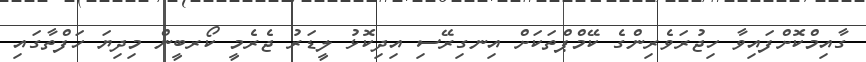
ގާއިމްކޮށްފައިވާ ހިޖުރަވެރިންގެ ކޭމްޕްތަކަށް އިނގިރޭސި އިދިކޮޅު ލީޑަރު ޖެރެމީ ކޯރބީން މިދިޔަ ހަފްތާގައި